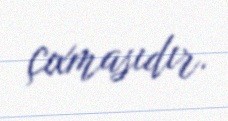
çıxmasıdır.